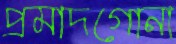
প্রমাদগোনা